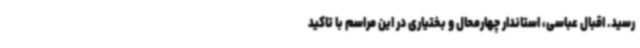
رسید. اقبال عباسی، استاندار چهارمحال و بختیاری در این مراسم با تاکید